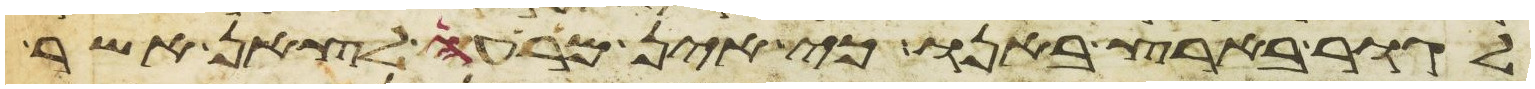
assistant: לגור בארץ באנו כי אין מרעה לצאן אשר